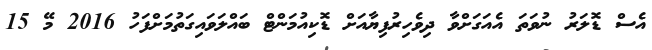
އެސް ޑޮލަރު ނުވަތަ އެއަގަށްވާ ދިވެހިރުފިޔާއަށް ޑޮކިއުމަންޓް ބައްލަވައިގަތުމަށްފަހު 2016 މޭ 15